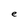
Character: e